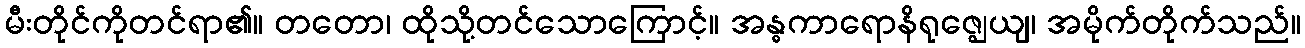
မီးတိုင်ကိုတင်ရာ၏။ တတော၊ ထိုသို့တင်သောကြောင့်။ အန္ဓကာရောနိရုဇ္ဈေယျ၊ အမိုက်တိုက်သည်။